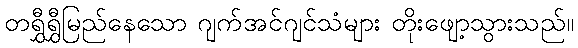
တရွှီရွှီမြည်နေသော ဂျက်အင်ဂျင်သံများ တိုးဖျော့သွားသည်။